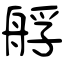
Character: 艀